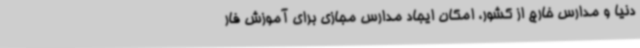
دنیا و مدارس خارج از کشور، امکان ایجاد مدارس مجازی برای آموزش فار